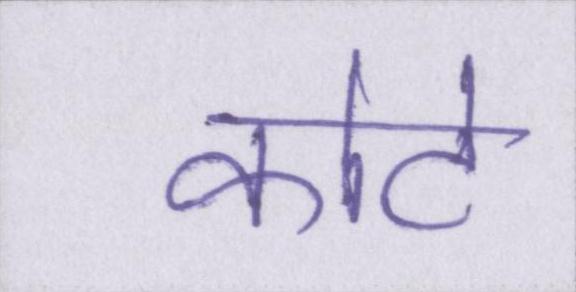
कोटे